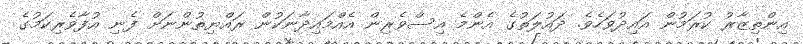
އިންތިޒާރު ކުރަމުން އައިދުވަހެވެ. ދައުލަތުގެ އެންމެ އިސްވެރިން އެއްމައިދާނަކުން ރައްޔިތުންނަށް ފެނި އުފާވެރިކަމުގެ